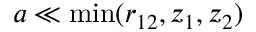
a \ll \operatorname* { m i n } ( r _ { 1 2 } , z _ { 1 } , z _ { 2 } )